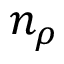
n _ { \rho }